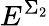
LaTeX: E^{\Sigma_{2}}